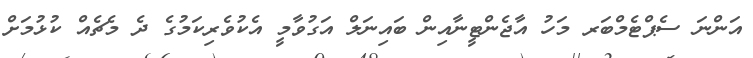
އަންނަ ސެޕްޓެމްބަރ މަހު އާޖެންޓީނާއިން ބައިނަލް އަގުވާމީ އެކުވެރިކަމުގެ ދެ މެޗެއް ކުޅުމަށް